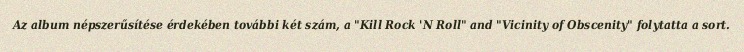
Az album népszerűsítése érdekében további két szám, a "Kill Rock 'N Roll" and "Vicinity of Obscenity" folytatta a sort.